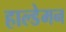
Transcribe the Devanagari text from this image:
हाल्डेमन